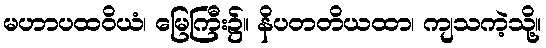
မဟာပထဝိယံ၊ မြေကြီး၌။ နိပတတိယထာ၊ ကျသကဲ့သို့။